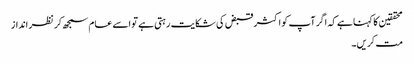
محققین کا کہنا ہے کہ اگر آپ کو اکثر قبض کی شکایت رہتی ہے تو اسے عام سمجھ کر نظر انداز
مت کریں۔